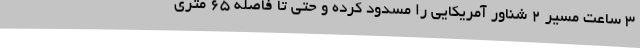
3 ساعت مسیر 2 شناور آمریکایی را مسدود کرده و حتی تا فاصله 65 متری